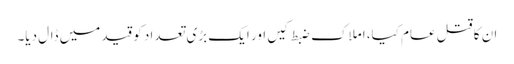
ان کا قتل عام کیا، املاک ضبط کیں اور ایک بڑی تعداد کو قید میں ڈال دیا۔